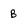
Character: B